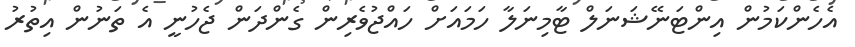
އެހެންކަމުން އިންޓަނޭޝަނަލް ޓާމިނަލާ ހަމައަށް ހައްޖުވެރިން ގެންދަން ޖެހުނީ އެ ތަނުން އިތުރު